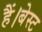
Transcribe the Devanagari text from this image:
हैं।बेस्ट